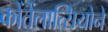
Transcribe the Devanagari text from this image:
कोंतेंलात्सियोने